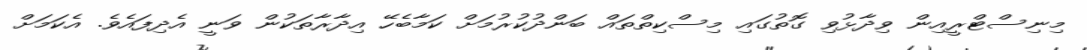
މިނިސްޓްރީއިން ވިދާޅުވި ގޮތުގައި މިސްކިތްތައް ބަންދުކުރުމަށް ކަމާބެހޭ އިދާރާތަކުން ވަނީ އެދިފައެވެ. އެކަމަށް